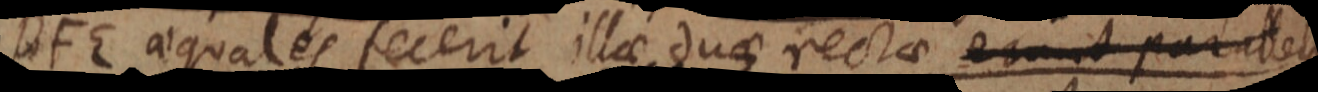
DFE aequales fecerit illae duae rectae erunt parallelae